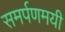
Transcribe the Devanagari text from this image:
समर्पणमयी